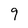
Character: 9